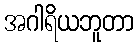
အဂါရိယဘူတာ